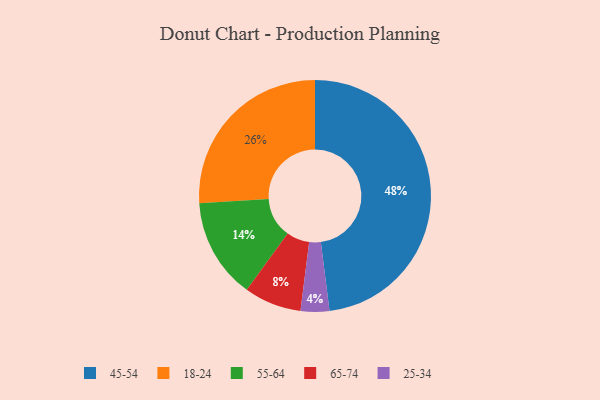
{"axis": {"x": "Category", "y": "Percentage"}, "legend": ["18-24", "25-34", "45-54", "55-64", "65-74"], "data": [{"x": "65-74", "y": 8, "type": "65-74"}, {"x": "45-54", "y": 48, "type": "45-54"}, {"x": "25-34", "y": 4, "type": "25-34"}, {"x": "55-64", "y": 14, "type": "55-64"}, {"x": "18-24", "y": 26, "type": "18-24"}]}